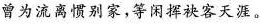
曾为流离惯别家，等闲挥袂客天涯。